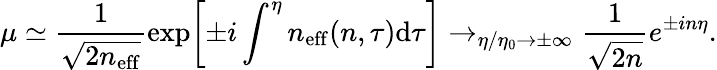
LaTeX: \mu\simeq\frac{1}{\sqrt{2n_{\mathrm{eff}}}}\exp\biggl[\pm i\int^{\eta}n_{\mathrm{eff}}(n,\tau)\mathrm{d}\tau\biggr]\rightarrow_{\eta/\eta_{0}\rightarrow\pm\infty}\frac{1}{\sqrt{2n}}e^{\pm in\eta}.